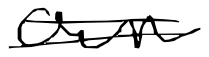
Text: own
Cross-out: double-line
Writing tool: digital_black